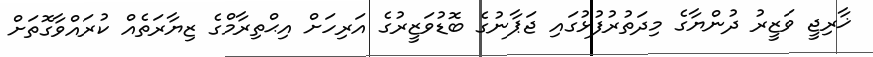
ޚާރިޖީ ވަޒީރު ދުންޔާގެ މިދަތުރުފުޅުގައި ޖަޕާނުގެ ބޮޑުވަޒީރުގެ އަރިހަށް އިޙްތިރާމްގެ ޒިޔާރަތެއް ކުރައްވާގޮތަށް